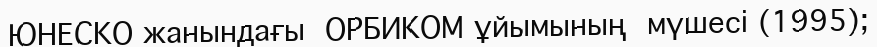
ЮНЕСКО жанындағы  ОРБИКОМ ұйымының  мүшесі (1995);